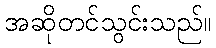
အဆိုတင်သွင်းသည်။